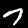
Label: 7